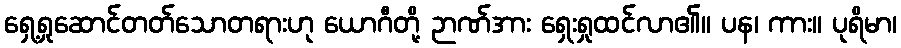
ရှေ့ရှုဆောင်တတ်သောတရားဟု ယောဂီတို့ ဉာဏ်အား ရှေးရှုထင်လာ၏။ ပန၊ ကား။ ပုရိမာ၊